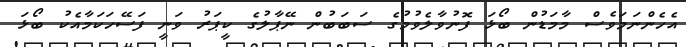
އެހެންނަމަވެސް މާމަޑުން ބޯޅަ ފޮނުވާލެވުމުގެ ސަބަބުން ނޭޕާލުގެ ކީޕަރު ވަނީ ފަސޭހަކަމާއެކު ބޯޅަ